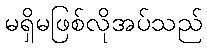
မရှိမဖြစ်လိုအပ်သည်